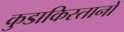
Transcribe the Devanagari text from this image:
कुडाकिस्तानों